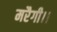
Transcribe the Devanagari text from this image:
मरैगी।।